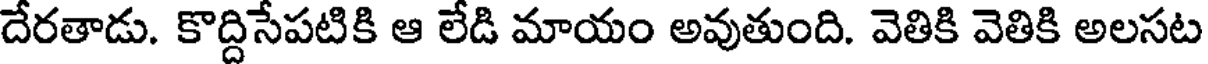
దేరతాడు. కొద్దిసేపటికి ఆ లేడి మాయం అవుతుంది. వెతికి వెతికి అలసట